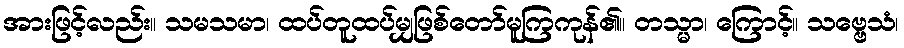
အားဖြင့်လည်း။ သမသမာ၊ ထပ်တူထပ်မျှဖြစ်တော်မူကြကုန်၏။ တသ္မာ၊ ကြောင့်။ သဗ္ဗေသံ၊